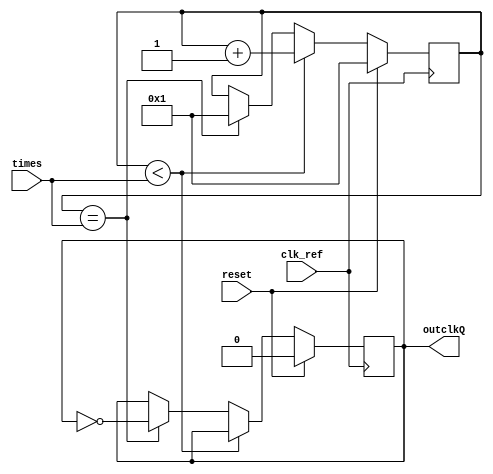
module clock_divider(clk_ref,reset,outclkQ,times);           //
input [7:0] times;
input clk_ref;//clk_50M
input reset; //reset bot
output reg outclkQ=1;   //output singnal
reg[7:0]counter=8'd1;  //for the initial condition
reg flag=1;
reg auto_reset=0;
always@(posedge clk_ref )
begin          //begin for the always
  if(reset)                            // the reset bot
  begin
      counter=8'd1;
        auto_reset=0;
outclkQ=1'b0;
   end


else begin
     if (counter<times)begin                       
              counter=counter+8'd1;
       end
      else if(counter==times) begin
              outclkQ=~outclkQ;
             counter=8'd1;
            end
       end
end             //end for the always

              //begin for the always
endmodule